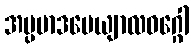
အပ္ပမာဒပေယျာလဝဂ္ဂေါ